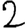
Digit: 2